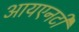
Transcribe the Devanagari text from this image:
आयएनटी